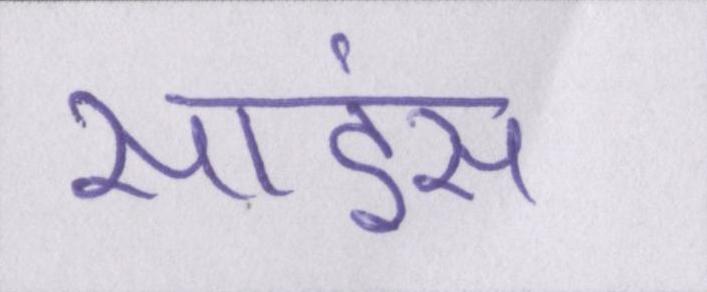
साइंस